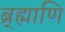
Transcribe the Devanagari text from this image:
ब्र्ह्माणि